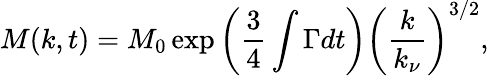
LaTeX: M(k,t)=M_{0}\exp\left(\frac{3}{4}\int\Gamma dt\right)\left(\frac{k}{k_{\nu}}\right)^{3/2},